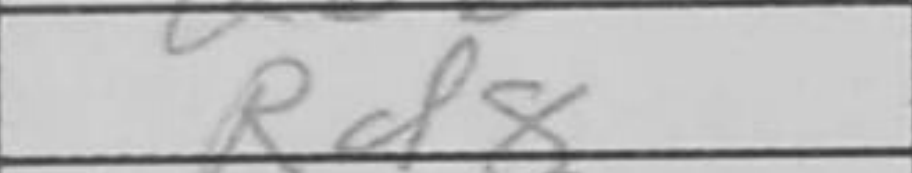
Transcription: Rd8